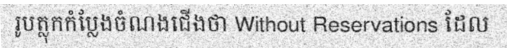
រូបត្លុកកំប្លែងចំណងជើងថា Without Reservations ដែល